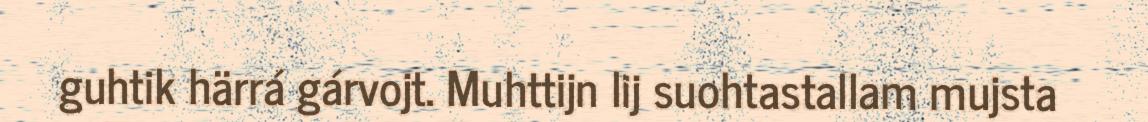
guhtik härrá gárvojt. Muhttijn lij suohtastallam mujsta